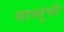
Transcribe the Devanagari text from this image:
वास्तुंची